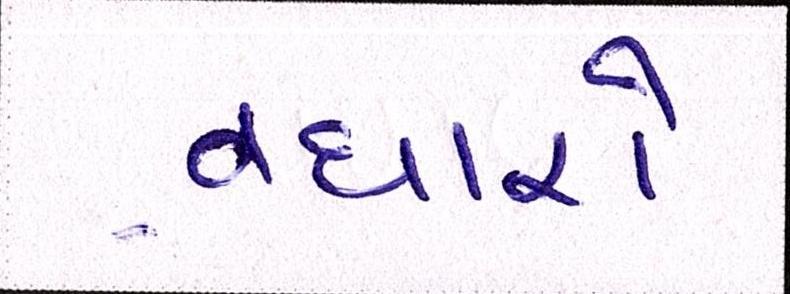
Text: વધારો